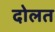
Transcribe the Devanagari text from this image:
दोलत